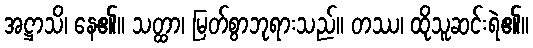
အဋ္ဌာသိ၊ နေ၏။ သတ္ထာ၊ မြတ်စွာဘုရားသည်။ တဿ၊ ထိုသူဆင်းရဲ၏။